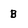
Character: B